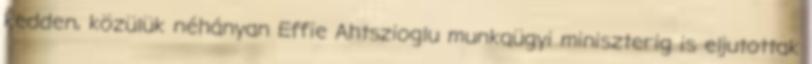
kedden, közülük néhányan Effie Ahtszioglu munkaügyi miniszterig is eljutottak